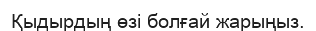
Қыдырдың өзі болғай жарыңыз.